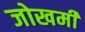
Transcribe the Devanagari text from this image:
जोखमी